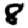
Digit: 8